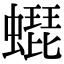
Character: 𧑜